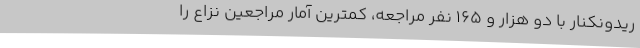
ریدونکنار با دو هزار و 165 نفر مراجعه، کمترین آمار مراجعین نزاع را